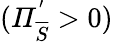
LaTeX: (\mathit{\Pi}_{\overline{{S}}}^{'}>0)